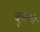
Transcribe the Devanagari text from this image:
कुसको